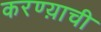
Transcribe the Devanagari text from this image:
करण्य़ाची